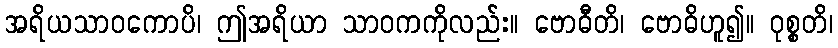
အရိယသာဝကောပိ၊ ဤအရိယာ သာဝကကိုလည်း။ ဗောဓီတိ၊ ဗောဓိဟူ၍။ ဝုစ္စတိ၊